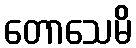
တောသေမိ